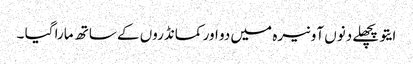
ایتو پچھلے دنوں آونیرہ میں دو اور کمانڈروں کے ساتھ مارا گیا ۔